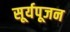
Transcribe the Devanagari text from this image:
सूर्यपूजन